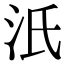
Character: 汦